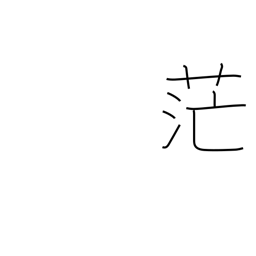
Meaning: extensive